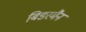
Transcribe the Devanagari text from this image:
बिडरमैन